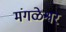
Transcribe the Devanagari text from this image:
मंगळेश्वर